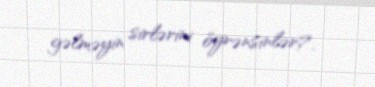
gəlməyin sirlərini öyrənsinlər?.